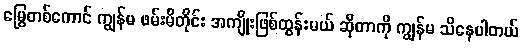
မြွေတစ်ကောင် ကျွန်မ ဖမ်းမိတိုင်း အကျိုးဖြစ်ထွန်းမယ် ဆိုတာကို ကျွန်မ သိနေပါတယ်